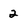
Character: 2